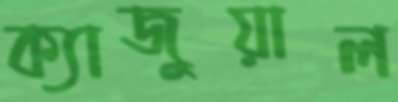
ক্যাজুয়াল